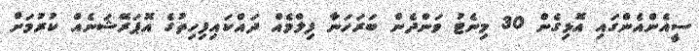
ސީއެންއެންގައި އޮޅިގެން 30 މިނެޓު ވަންދެން ބަރަހަނާ ފިލްމެއް ދައްކައިފިހިތުގެ އޮޕަރޭޝަނެއް ކުރުމަށް